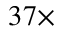
3 7 \times